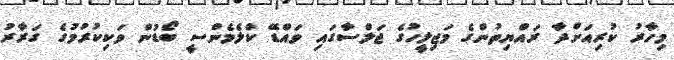
މިހާރު ކުރިއަށްދާ ރައްޔިތުންގެ މަޖިލީހުގެ ޖަލްސާގައި ވައްޑޭ ކްލެމެންސީ ބޯޑުން ވަކިކުރުމުގެ ގަރާރު